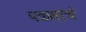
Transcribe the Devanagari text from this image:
पळसाचे